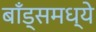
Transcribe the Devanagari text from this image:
बाँड्समध्ये